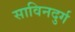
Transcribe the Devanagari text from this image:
साविनदुर्ग